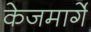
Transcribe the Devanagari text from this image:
केजमार्गे